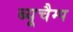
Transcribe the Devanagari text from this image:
ब्यूचैम्प